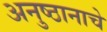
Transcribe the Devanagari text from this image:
अनुष्ठानाचे